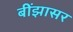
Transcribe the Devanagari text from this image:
बींझासर